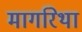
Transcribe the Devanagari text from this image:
मार्गारेथा